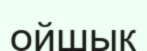
ойшық